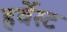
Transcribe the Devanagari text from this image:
हर्वेस्ट